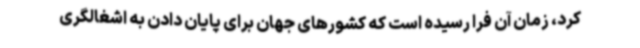
کرد، زمان آن فرا رسیده است که کشورهای جهان برای پایان دادن به اشغالگری